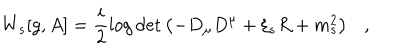
W _ { s } [ g , A ] = \frac i 2 \log \det \left( - D _ { \mu } D ^ { \mu } + \xi _ { s } R + m _ { s } ^ { 2 } \right) ,